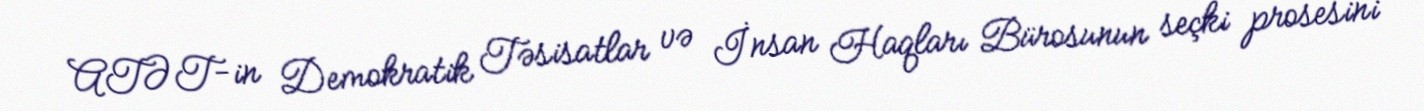
ATƏT-in Demokratik Təsisatlar və İnsan Haqları Bürosunun seçki prosesini